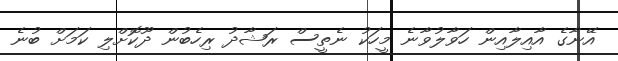
އޭނާގެ އާއިލާއިން ހަވާލުވާނެ މީހަކު ނެތީސް ރަޝާދު ރިހެބުން ދޫކޮށްލި ކަމަށް ބުނެ